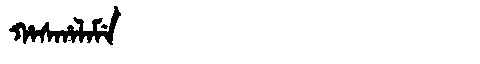
Manchu: ᡥᠠᠰᡥᠠᠯᠠᠮᡝ
Romanization: HASHALAME